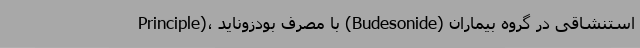
Principle)، با مصرف بودزوناید (Budesonide) استنشاقی در گروه بیماران